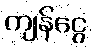
ကျန်ငွေ